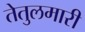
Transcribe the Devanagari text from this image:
तेतुलमारी